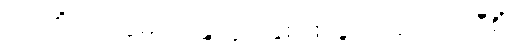
ပထဝိံ၊ ကို။ ဒွိဓာဘိန္ဒိတွာ၊ နှစ်ဖြာခွဲ၍။ ယာဝအဝီစိံ၊